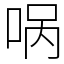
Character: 㖞